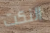
النكت